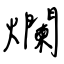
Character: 爛